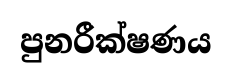
පුනරීක්ෂණය